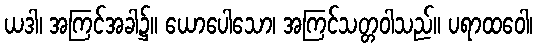
ယဒါ၊ အကြင်အခါ၌။ ယောပေါသော၊ အကြင်သတ္တဝါသည်။ ပရာထဝေါ၊